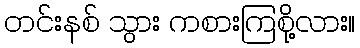
တင်းနစ် သွား ကစားကြစို့လား။